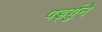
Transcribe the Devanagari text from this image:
पर्ड्युने